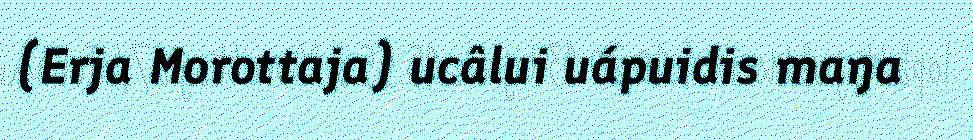
(Erja Morottaja) ucâlui uápuidis maŋa